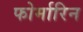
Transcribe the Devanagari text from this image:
फोर्मारिन